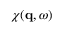
\chi ( \mathbf { q } , \omega )